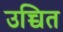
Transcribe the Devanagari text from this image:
उच्चित